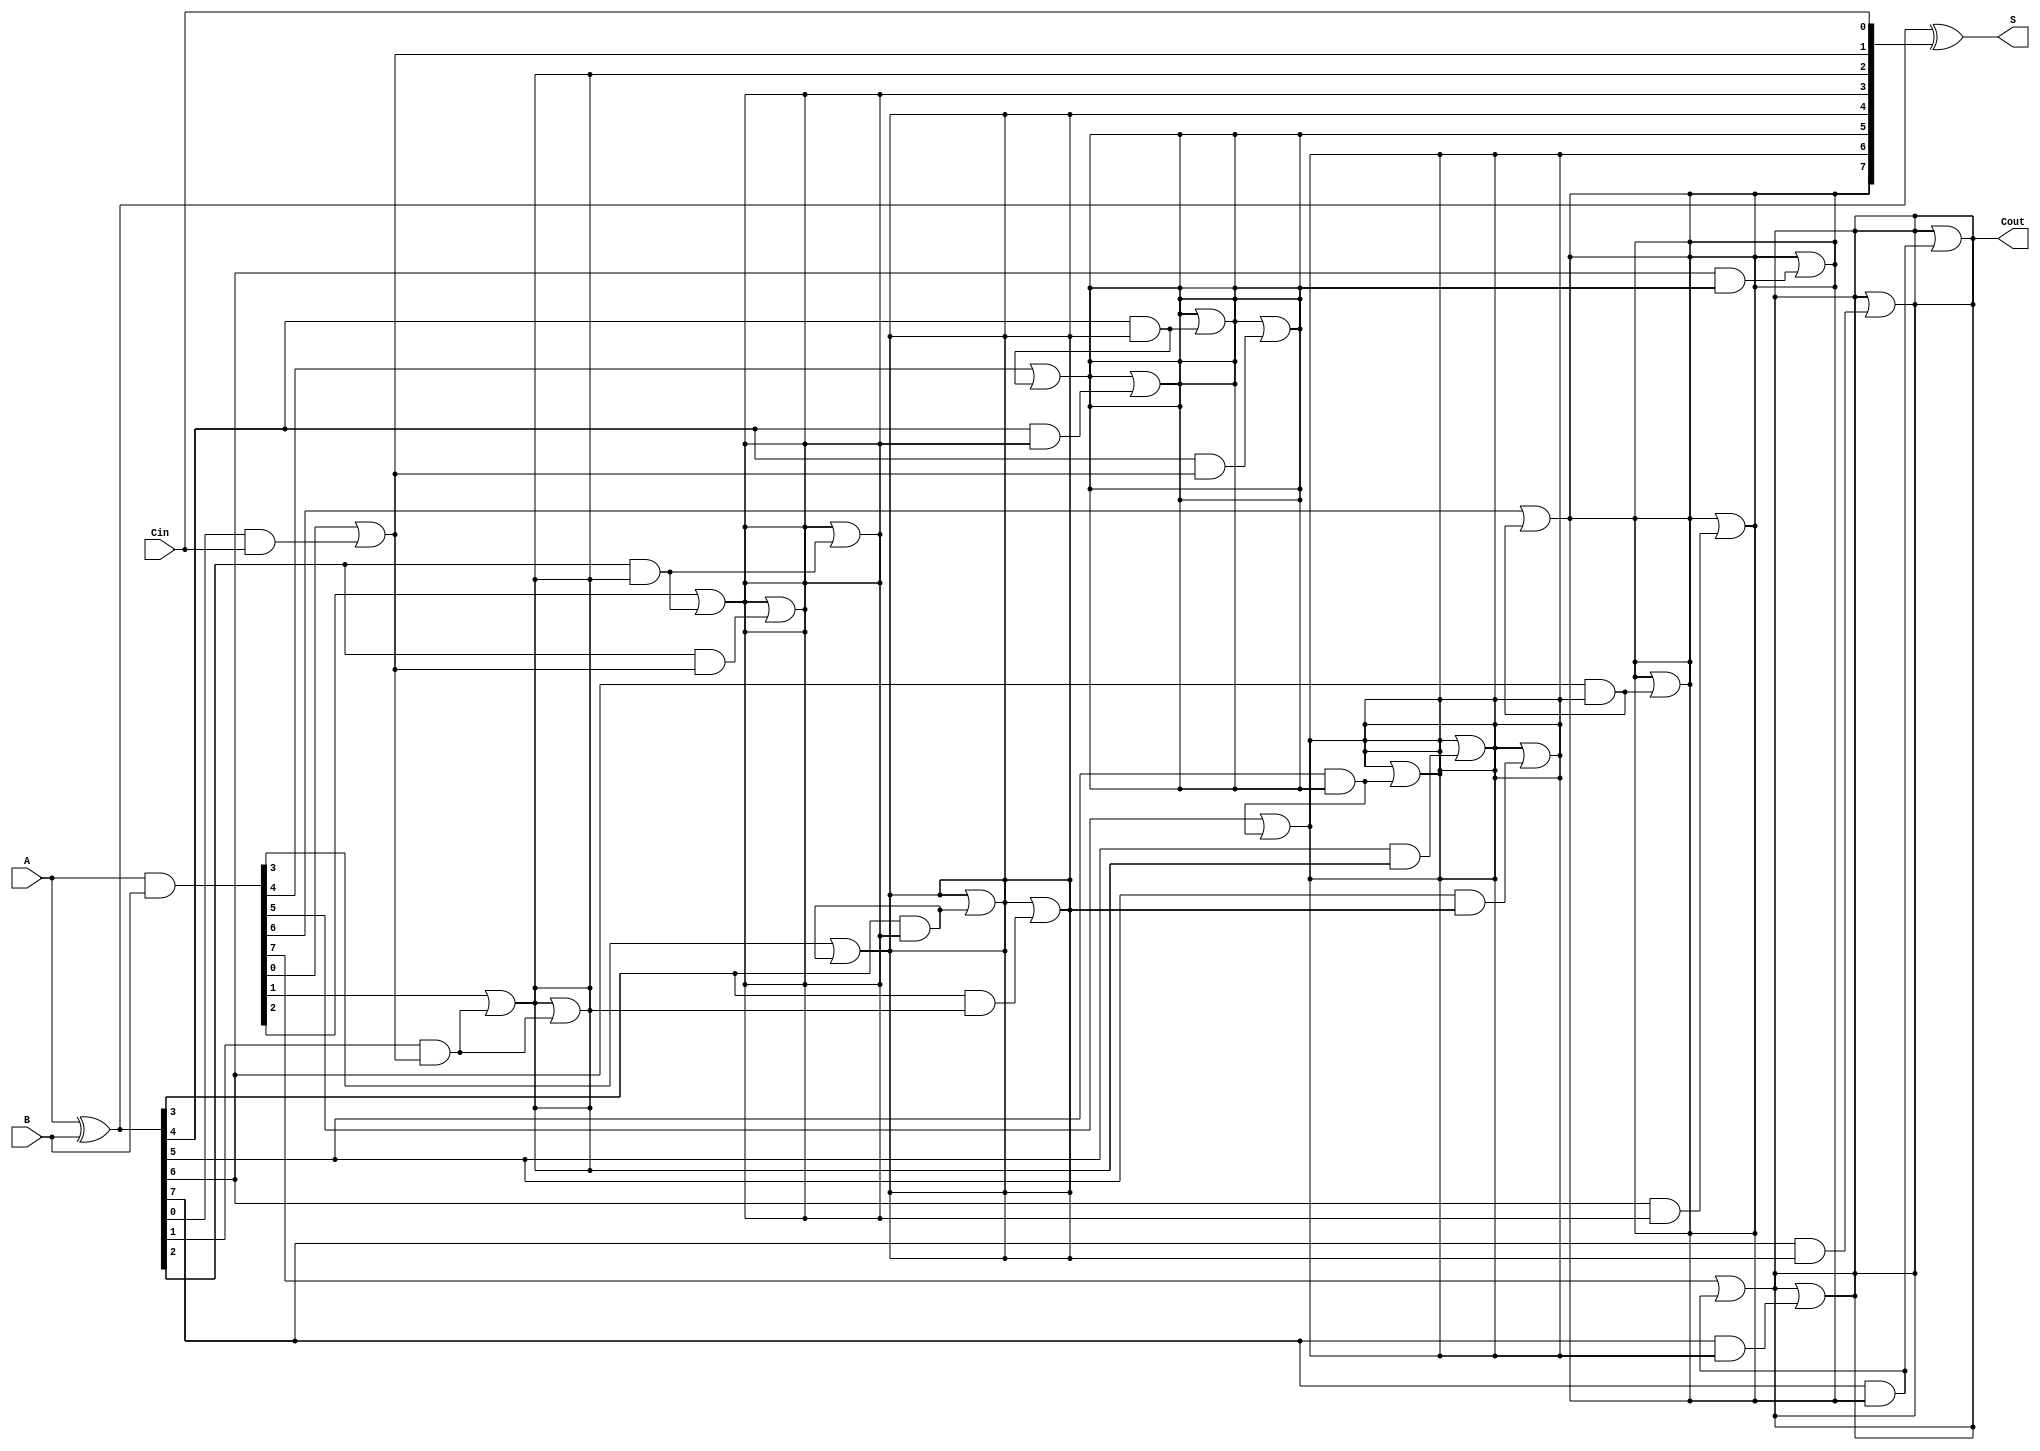
module KoggeStoneAdder #(parameter n = 8) (
    input [n-1:0] A,
    input [n-1:0] B,
    input Cin,
    output [n-1:0] S,
    output Cout
);

    // Generate and Propagate signals
    wire [n-1:0] P, G;
    wire [n:0] C; // Carry signals, C[n] is the final carry out

    // Generate and propagate calculations
    assign P = A ^ B; // Propagate
    assign G = A & B; // Generate

    // Initialize carry-in
    assign C[0] = Cin;

    // Carry generation using Kogge-Stone logic
    genvar i, j;
    generate
        // Stage 1
        for (i = 0; i < n; i = i + 1) begin
            assign C[i + 1] = G[i] | (P[i] & C[i]);
        end

        // Additional stages for carry generation
        for (j = 1; j < n; j = j * 2) begin
            for (i = 0; i < n; i = i + 1) begin
                if (i >= j) begin
                    assign C[i + 1] = C[i + 1] | (P[i] & C[i - j + 1]);
                end
            end
        end
    endgenerate

    // Sum calculation
    assign S = P ^ C[n-1:0]; // Sum = Propagate XOR Carry

    // Carry out
    assign Cout = C[n];

endmodule